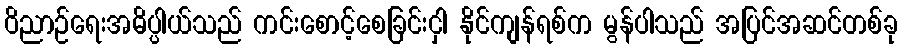
ဝိညာဉ်ရေးအဓိပ္ပါယ်သည် ကင်းစောင့်စေခြင်းငှါ နိုင်ကျန်ရစ်က မွန်ပါသည် အပြင်အဆင်တစ်ခု